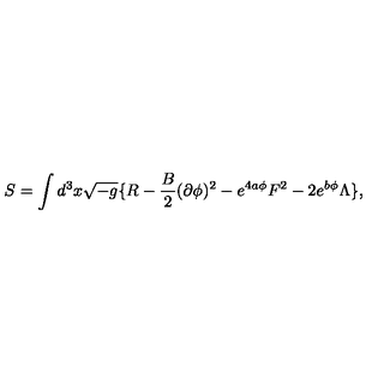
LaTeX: S = \int d ^ { 3 } x \sqrt { - g } \{ R - { \frac { B } { 2 } } ( \partial \phi ) ^ { 2 } - e ^ { 4 a \phi } F ^ { 2 } - 2 e ^ { b \phi } \Lambda \} ,